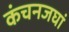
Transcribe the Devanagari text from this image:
कंचनजघां